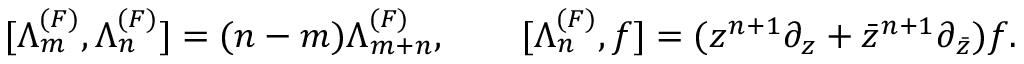
[ \Lambda _ { m } ^ { ( F ) } , \Lambda _ { n } ^ { ( F ) } ] = ( n - m ) \Lambda _ { m + n } ^ { ( F ) } , \qquad [ \Lambda _ { n } ^ { ( F ) } , f ] = ( z ^ { n + 1 } \partial _ { z } + { \bar { z } } ^ { n + 1 } \partial _ { \bar { z } } ) f .